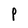
Character: P